Annual administration and progress report of the Indian Medical Department, Bombay
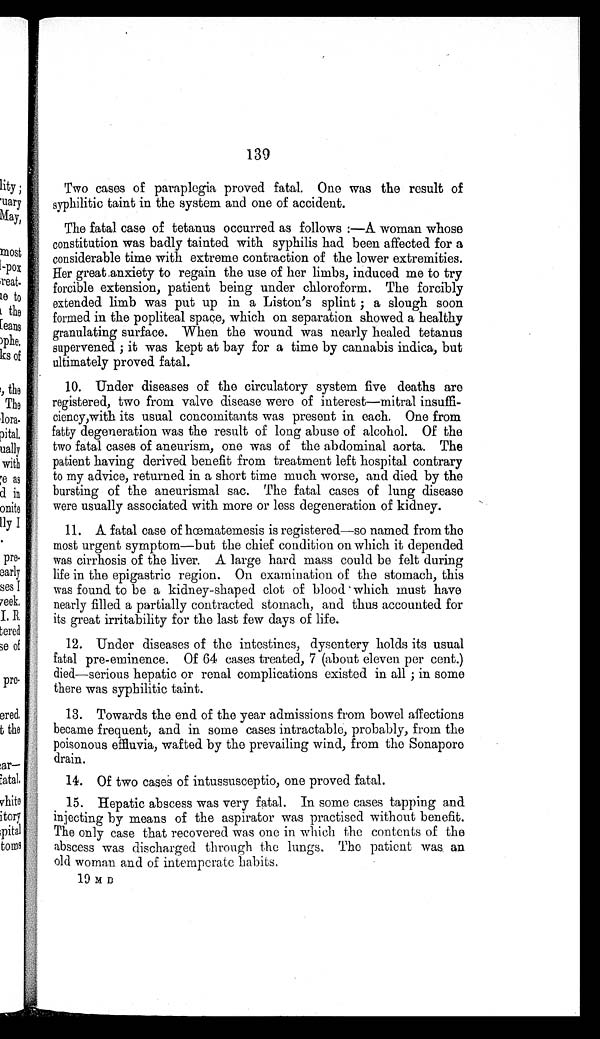
139
Two cases of paraplegia proved fatal. One was the result of
syphilitic taint in the system and one of accident.
The fatal case of tetanus occurred as follows :—A woman whose
constitution was badly tainted with syphilis had been affected for a
considerable time with extreme contraction of the lower extremities.
Her great anxiety to regain the use of her limbs, induced me to try
forcible extension, patient being under chloroform. The forcibly
extended limb was put up in a Liston's splint; a slough soon
formed in the popliteal space, which on separation showed a healthy
granulating surface. When the wound was nearly healed tetanus
supervened; it was kept at bay for a time by cannabis indica, but
ultimately proved fatal.
10. Under diseases of the circulatory system five deaths are
registered, two from valve disease were of interest—mitral insuffi
-
ciency,with its usual concomitants was present in each. One from
fatty degeneration was the result of long abuse of alcohol. Of the
two fatal cases of aneurism, one was of the abdominal aorta. The
patient having derived benefit from treatment left hospital contrary
to my advice, returned in a short time much worse, and died by the
bursting of the aneurismal sac. The fatal cases of lung disease
were usually associated with more or less degeneration of kidney.
11. A fatal case of hœmatemesis is registered—so named from the
most urgent symptom—but the chief condition on which it depended
was cirrhosis of the liver. A large hard mass could be felt during
life in the epigastric region. On examination of the stomach, this
was found to be a kidney-shaped clot of blood which must have
nearly filled a partially contracted stomach, and thus accounted for
its great irritability for the last few days of life.
12. Under diseases of the intestines, dysentery holds its usual
fatal pre-eminence. Of 64 cases treated, 7 (about eleven per cent.)
died—serious hepatic or renal complications existed in all; in some
there was syphilitic taint.
13. Towards the end of the year admissions from bowel affections
became frequent, and in some cases intractable, probably, from the
poisonous effluvia, wafted by the prevailing wind, from the Sonapore
drain.
14. Of two cases of intussusceptio, one proved fatal.
15. Hepatic abscess was very fatal. In some cases tapping and
injecting by means of the aspirator was practised without benefit.
The only case that recovered was one in which the contents of the
abscess was discharged through the lungs. The patient was an
old woman and of intemperate habits.
19 M D